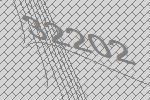
32202